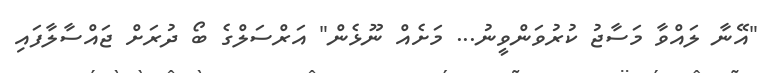
"އޭނާ ލައްވާ މަސާޖު ކުރުވަންވީނު... މަށެއް ނޫޅެން" އަރްސަލްގެ ބޯ ދުރަށް ޖައްސާލާފައި